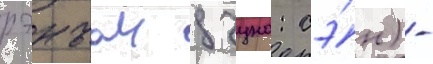
рэнъаи дзуно: сэ́н) -